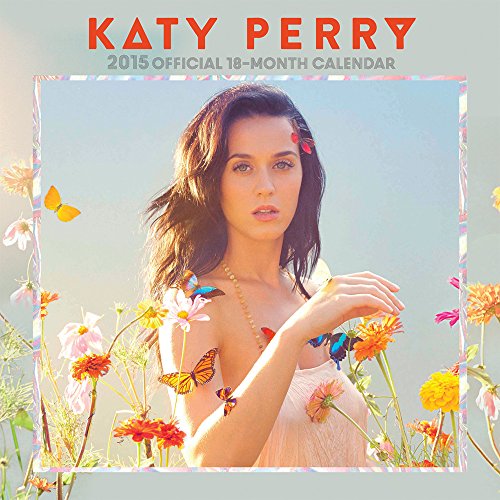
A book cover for Katy Perry 2015 Square 12x12 Bravado; BrownTrout; Calendars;